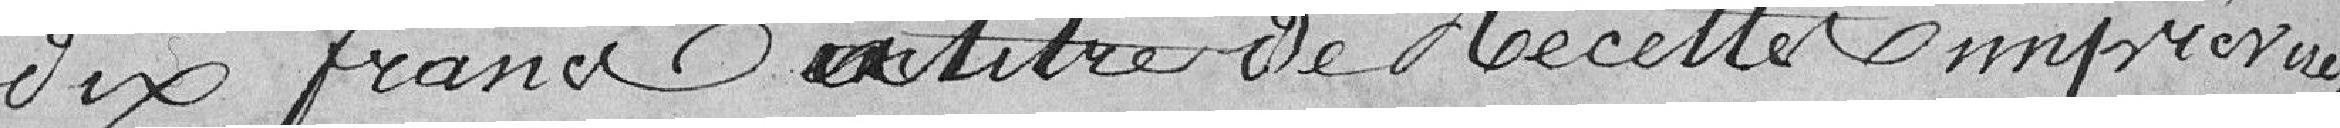
dix Francs titre de recette imprévues,